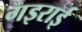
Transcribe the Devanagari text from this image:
गइराई